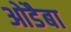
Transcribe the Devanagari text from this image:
ओडैबा